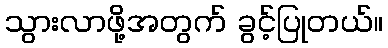
သွားလာဖို့အတွက် ခွင့်ပြုတယ်။